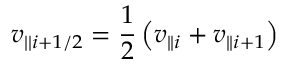
v _ { | | i + 1 / 2 } = \frac { 1 } { 2 } \left( v _ { | | i } + v _ { | | i + 1 } \right)